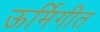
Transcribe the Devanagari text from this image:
ऊर्मिगीत